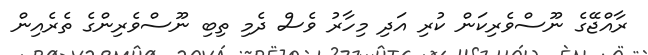
ރާއްޖޭގެ ނޫސްވެރިކަން ކުރި އަދި މިހާރު ވެސް ދެމި ތިބި ނޫސްވެރިންގެ ތެރެއިން